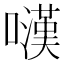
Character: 𡁚